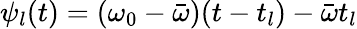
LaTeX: \psi_{l}(t)=(\omega_{0}-\bar{\omega})(t-t_{l})-\bar{\omega}t_{l}